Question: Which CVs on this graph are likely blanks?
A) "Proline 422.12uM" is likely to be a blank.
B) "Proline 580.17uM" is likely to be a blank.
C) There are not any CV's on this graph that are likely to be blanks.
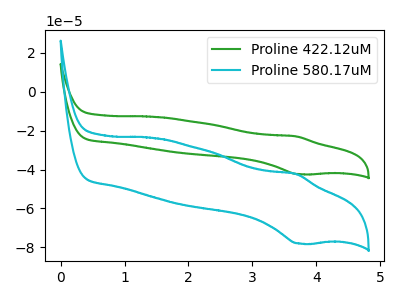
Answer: <think>The green curve "Proline 422.12uM" has an anodic peak at (3.70V, -22.95uA) and a cathodic peak at (3.75V, -42.35uA). The cyan curve "Proline 580.17uM" has an anodic peak at (3.70V, -42.25uA) and a cathodic peak at (3.75V, -77.95uA).</think>
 <answer>C) There are not any CV's on this graph that are likely to be blanks.</answer>
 <eval>C</eval>